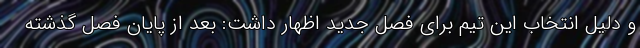
و دلیل انتخاب این تیم برای فصل جدید اظهار داشت: بعد از پایان فصل گذشته